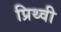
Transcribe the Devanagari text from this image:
प्रिथ्वी